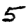
Digit: 5